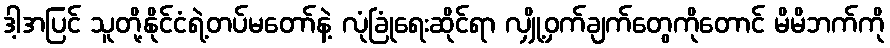
ဒါ့အပြင် သူတို့နိုင်ငံရဲ့တပ်မတော်နဲ့ လုံခြုံရေးဆိုင်ရာ လျှို့ဝှက်ချက်တွေကိုတောင် မိမိဘက်ကို